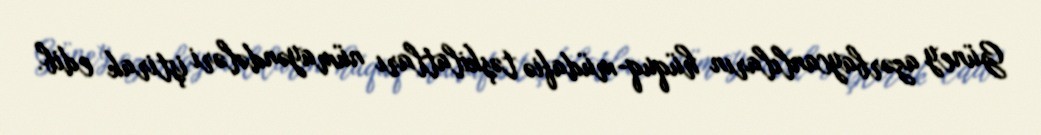
Güney azərbaycanlıların hüquq-müdafiə təşkilatları nümayəndələri iştirak edib.